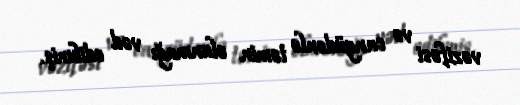
vəzifəsi və cangüdənlə təmin olunmağı vəd edibmiş.